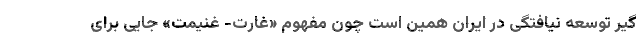
گیر توسعه نیافتگی در ایران همین است چون مفهوم «غارت- غنیمت» جایی برای